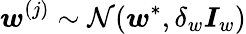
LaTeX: \boldsymbol{w}^{(j)}\sim\mathcal{N}(\boldsymbol{w}^{*},\delta_{w}\boldsymbol{I}_{w})